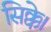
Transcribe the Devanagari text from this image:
सिक्के।